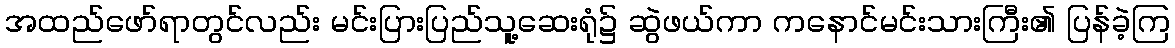
အထည်ဖော်ရာတွင်လည်း မင်းပြားပြည်သူ့ဆေးရုံ၌ ဆွဲဖယ်ကာ ကနောင်မင်းသားကြီး၏ ပြန်ခဲ့ကြ